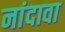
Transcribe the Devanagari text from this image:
नांदावा